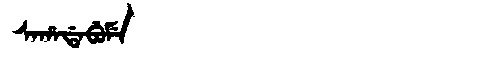
Manchu: ᠰᠠᡥᠠᡩᠠᠪᡠᠮᡝ
Romanization: SAHADABUME